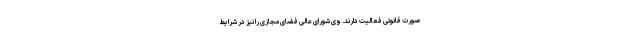
صورت قانونی فعالیت دارند. وی شورای عالی فضای مجازی را نیز در شرایط